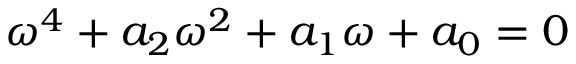
{ \omega } ^ { 4 } + a _ { 2 } { \omega } ^ { 2 } + a _ { 1 } { \omega } + a _ { 0 } = 0